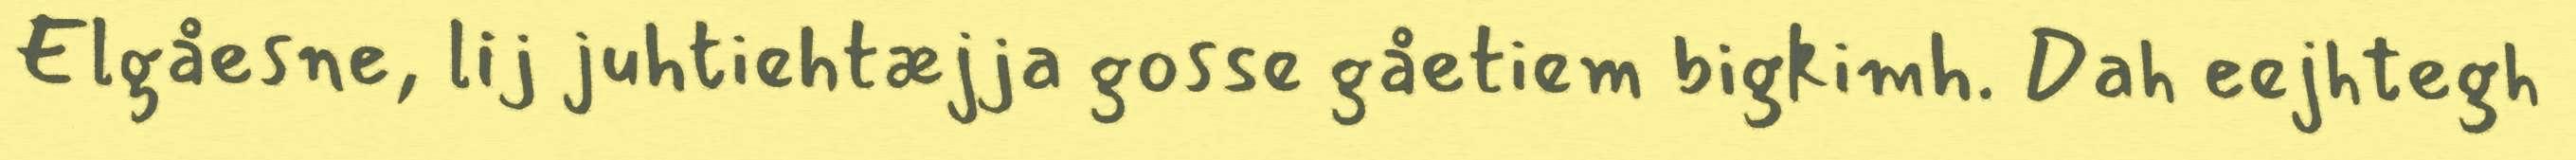
Elgåesne, lij juhtiehtæjja gosse gåetiem bigkimh. Dah eejhtegh